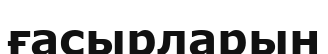
ғасырларын